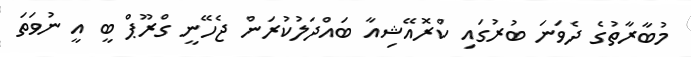
މުބާރާތުގެ ދެވަނަ ބުރުގައި ކްރޮއޭޝިއާ ބައްދަލުކުރަން ޖެހޭނީ ގްރޫޕް ބީ އީ ނުވަތަ